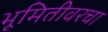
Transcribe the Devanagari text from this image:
भूमितीवरचा